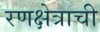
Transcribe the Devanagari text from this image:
रणक्षेत्राची